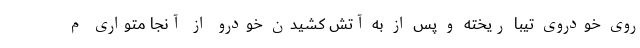
روی خودروی تیبا ریخته و پس از به آتش کشیدن خودرو از آنجا متواری م